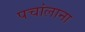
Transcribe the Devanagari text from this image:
पचांलाना